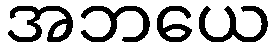
အဘယေ